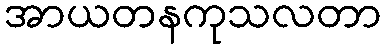
အာယတနကုသလတာ